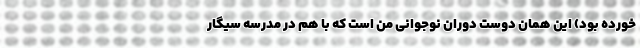
خورده بود) این همان دوست دوران نوجوانی من است که با هم در مدرسه سیگار